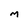
Character: M